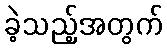
ခဲ့သည့်အတွက်